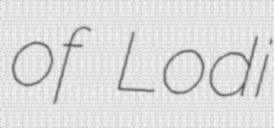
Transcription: of Lodi